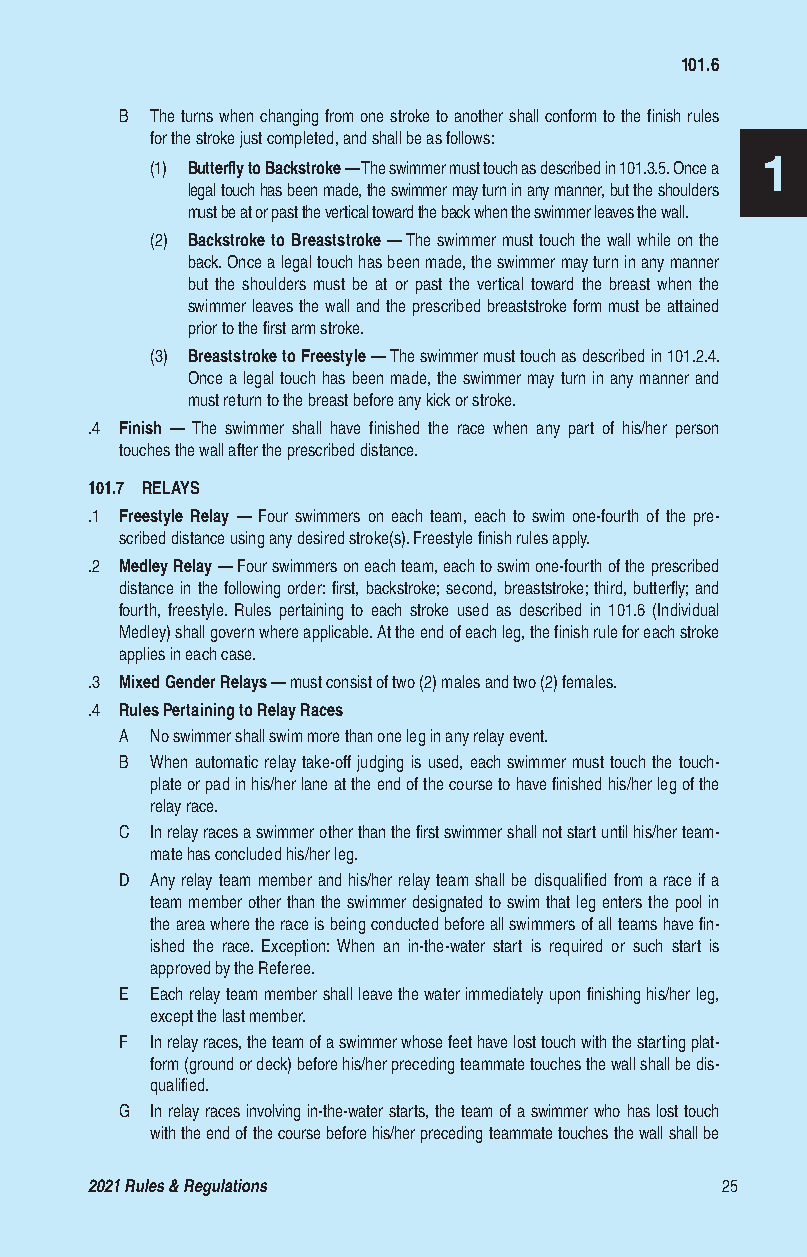
101.6
 B The turns when changing from one stroke to another shall conform to the finish rules
 for the stroke just completed, and shall be as follows:
 1
 (1) Butterfly to Backstroke — The swimmer must touch as described in 101.3.5. Once a
 legal touch has been made, the swimmer may turn in any manner, but the shoulders
 must be at or past the vertical toward the back when the swimmer leaves the wall.
 (2) Backstroke to Breaststroke — The swimmer must touch the wall while on the
 back. Once a legal touch has been made, the swimmer may turn in any manner
 but the shoulders must be at or past the vertical toward the breast when the
 swimmer leaves the wall and the prescribed breaststroke form must be attained
 prior to the first arm stroke.
 (3) Breaststroke to Freestyle — The swimmer must touch as described in 101.2.4.
 Once a legal touch has been made, the swimmer may turn in any manner and
 must return to the breast before any kick or stroke.
 .4 Finish — The swimmer shall have finished the race when any part of his/her person
 touches the wall after the prescribed distance.
 101.7 RELAYS
 .1 Freestyle Relay — Four swimmers on each team, each to swim one-fourth of the pre-
 scribed distance using any desired stroke(s). Freestyle finish rules apply.
 .2 Medley Relay — Four swimmers on each team, each to swim one-fourth of the prescribed
 distance in the following order: first, backstroke; second, breaststroke; third, butterfly; and
 fourth, freestyle. Rules pertaining to each stroke used as described in 101.6 (Individual
 Medley) shall govern where applicable. At the end of each leg, the finish rule for each stroke
 applies in each case.
 .3 Mixed Gender Relays — must consist of two (2) males and two (2) females.
 .4 Rules Pertaining to Relay Races
 A No swimmer shall swim more than one leg in any relay event.
 B When automatic relay take-off judging is used, each swimmer must touch the touch-
 plate or pad in his/her lane at the end of the course to have finished his/her leg of the
 relay race.
 C In relay races a swimmer other than the first swimmer shall not start until his/her team-
 mate has concluded his/her leg.
 D Any relay team member and his/her relay team shall be disqualified from a race if a
 team member other than the swimmer designated to swim that leg enters the pool in
 the area where the race is being conducted before all swimmers of all teams have fin-
 ished the race. Exception: When an in-the-water start is required or such start is
 approved by the Referee.
 E Each relay team member shall leave the water immediately upon finishing his/her leg,
 except the last member.
 F In relay races, the team of a swimmer whose feet have lost touch with the starting plat-
 form (ground or deck) before his/her preceding teammate touches the wall shall be dis-
 qualified.
 G In relay races involving in-the-water starts, the team of a swimmer who has lost touch
 with the end of the course before his/her preceding teammate touches the wall shall be
 2021 Rules & Regulations                  25